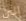
الى